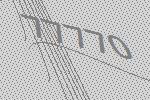
77770